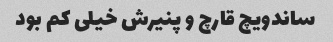
ساندویچ قارچ و پنیرش خیلی کم بود